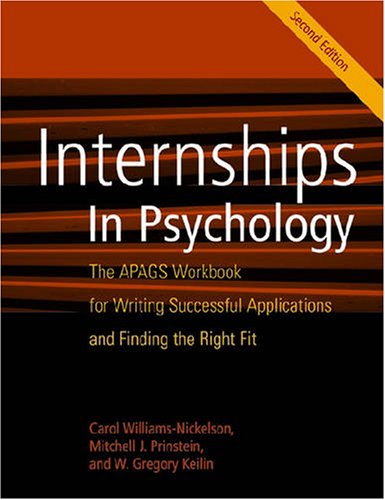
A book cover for Internships in Psychology: The APAGS Workbook for Writing Successful Applications and Finding the Right Fit; Education & Teaching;